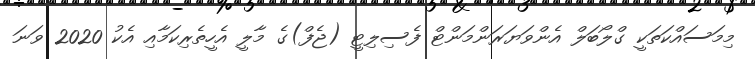
މިމަސައްކަތަކީ ގްލޯބަލް އެންވަޔަރަންމަންޓް ފެސިލިޓީ (ޖެފް)ގެ މާލީ އެހީތެރިކަމާއި އެކު 2020 ވަނަ